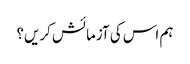
ہم اس کی آزمائش کریں؟